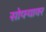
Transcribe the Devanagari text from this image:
सोफ्यावर